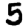
Digit: 5